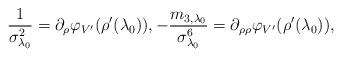
LaTeX: \begin{align*} \frac{1}{\sigma_{\lambda_0}^{2}} = \partial_{\rho} \varphi_{V'}(\rho'(\lambda_0)), -\frac{m_{3,\lambda_0}}{\sigma_{\lambda_0}^6} = \partial_{\rho\rho} \varphi_{V'}(\rho'(\lambda_0)), \end{align*}